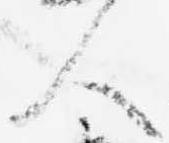
人